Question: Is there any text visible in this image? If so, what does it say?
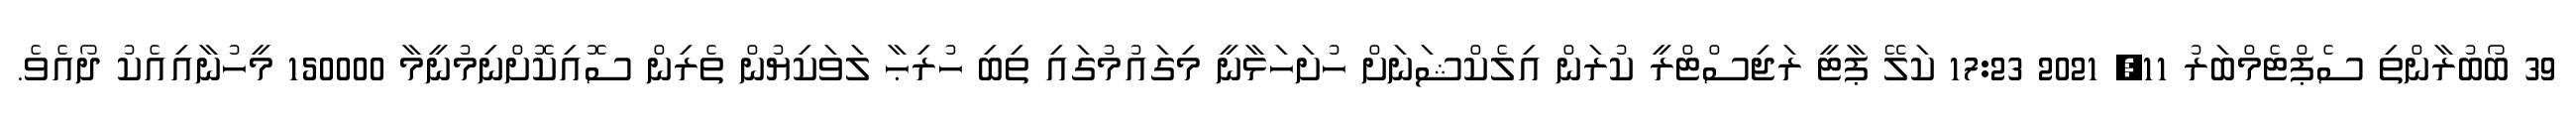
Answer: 39 ބޯބުރާންތި ސެޕްޓެމްބަރު 11, 2021 17:23 ކަލޭ ޕާޓީ ރަޖިސްޓްރީ ކުރަން އިލެކްޝަނަށް ހުށަހަޅާނީ މިގައުމުގައި ތިބި ހުރިޙާ ލަވަކިޔުން ތެރިން ސޮއިކޮށްނިމުނީމާ 150000 މީހުނާއިއެކު ދޯއެވެ.